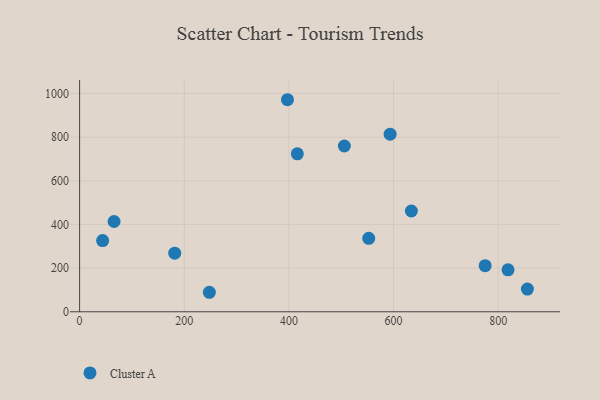
{"axis": {"x": "Investment", "y": "Rating"}, "legend": ["Cluster A"], "data": [{"x": "416.1", "y": 723.6, "type": "Cluster A"}, {"x": "506.0", "y": 759.4, "type": "Cluster A"}, {"x": "855.8", "y": 104.1, "type": "Cluster A"}, {"x": "775.1", "y": 211.3, "type": "Cluster A"}, {"x": "248.0", "y": 89.3, "type": "Cluster A"}, {"x": "593.5", "y": 813.6, "type": "Cluster A"}, {"x": "634.1", "y": 461.7, "type": "Cluster A"}, {"x": "65.9", "y": 413.6, "type": "Cluster A"}, {"x": "397.3", "y": 971.5, "type": "Cluster A"}, {"x": "181.8", "y": 268.6, "type": "Cluster A"}, {"x": "818.8", "y": 192.1, "type": "Cluster A"}, {"x": "44.0", "y": 326.4, "type": "Cluster A"}, {"x": "552.6", "y": 336.3, "type": "Cluster A"}]}